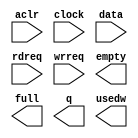
module fifo2Im (
	aclr,
	clock,
	data,
	rdreq,
	wrreq,
	empty,
	full,
	q,
	usedw);

	input	  aclr;
	input	  clock;
	input	[15:0]  data;
	input	  rdreq;
	input	  wrreq;
	output	  empty;
	output	  full;
	output	[15:0]  q;
	output	[6:0]  usedw;

endmodule